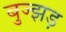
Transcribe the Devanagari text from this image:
बुज्झड़